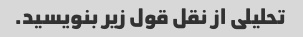
تحلیلی از نقل قول زیر بنویسید.